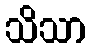
သိသာ